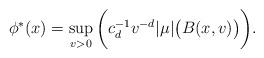
LaTeX: \begin{align*}\phi^*(x)=\sup_{v>0}\bigg(c_d^{-1}v^{-d}\vert \mu \vert\big(B(x,v)\big)\bigg) .\end{align*}